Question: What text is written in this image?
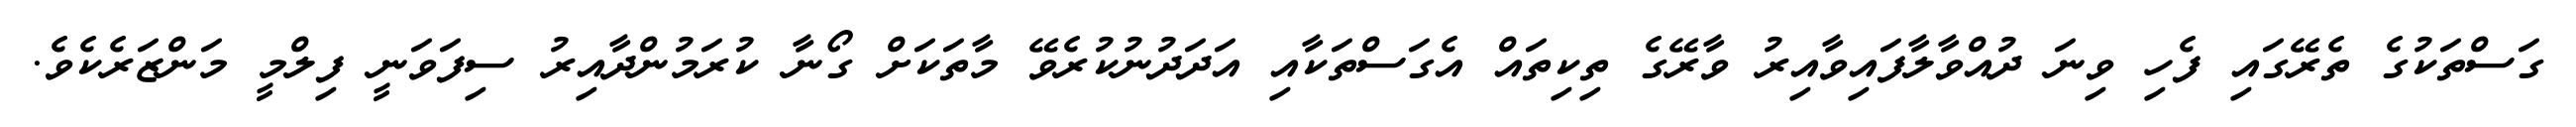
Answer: ގަސްތަކުގެ ތެރޭގައި ފެހި ވިނަ ދުއްވާލާފައިވާއިރު ވާރޭގެ ތިކިތައް އެގަސްތަކާއި އަދަދުނުކުރެވޭ މާތަކަށް ގޯނާ ކުރަމުންދާއިރު ސިފަވަނީ ފިލްމީ މަންޒަރެކެވެ.